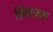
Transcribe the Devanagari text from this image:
लिंबाचाच